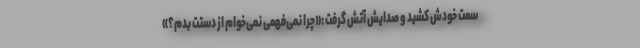
سمت خودش کشید و صدایش آتش گرفت :«چرا نمی‌فهمی نمی‌خوام از دستت بدم؟»